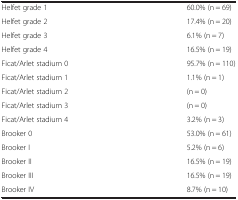
|  |  |
 | --- | --- |
 | Helfet grade 1 | 60.0% (n = 69) |
 | Helfet grade 2 | 17.4% (n = 20) |
 | Helfet grade 3 | 6.1% (n = 7) |
 | Helfet grade 4 | 16.5% (n = 19) |
 | Ficat/Arlet stadium 0 | 95.7% (n = 110) |
 | Ficat/Arlet stadium 1 | 1.1% (n = 1) |
 | Ficat/Arlet stadium 2 | (n = 0) |
 | Ficat/Arlet stadium 3 | (n = 0) |
 | Ficat/Arlet stadium 4 | 3.2% (n = 3) |
 | Brooker 0 | 53.0% (n = 61) |
 | Brooker I | 5.2% (n = 6) |
 | Brooker II | 16.5% (n = 19) |
 | Brooker III | 16.5% (n = 19) |
 | Brooker IV | 8.7% (n = 10) |